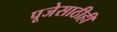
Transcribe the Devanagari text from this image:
पूजेसाठीही